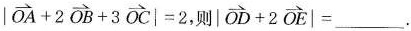
$$| \overrightarrow{OA}+2 \overrightarrow{OB}+3 \overrightarrow{OC}|=2$$,则$$|\overrightarrow{OD}+2 \overrightarrow{OE}|=___$$